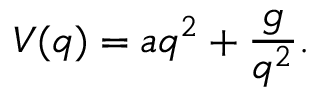
V ( q ) = a q ^ { 2 } + \frac { g } { q ^ { 2 } } .